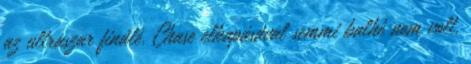
az ultraszar finálé. Chase elkapásával semmi balhé nem volt,